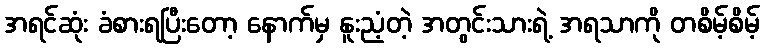
အရင်ဆုံး ခံစားရပြီးတော့ နောက်မှ နူးညံ့တဲ့ အတွင်းသားရဲ့ အရသာကို တစိမ့်စိမ့်